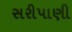
સરીપાણી